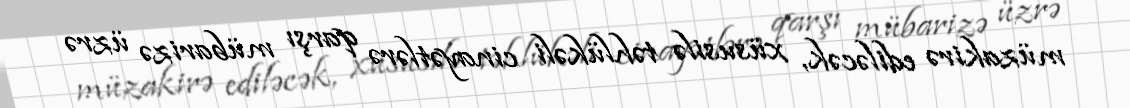
müzakirə ediləcək, xüsusilə təhlükəli cinayətlərə qarşı mübarizə üzrə